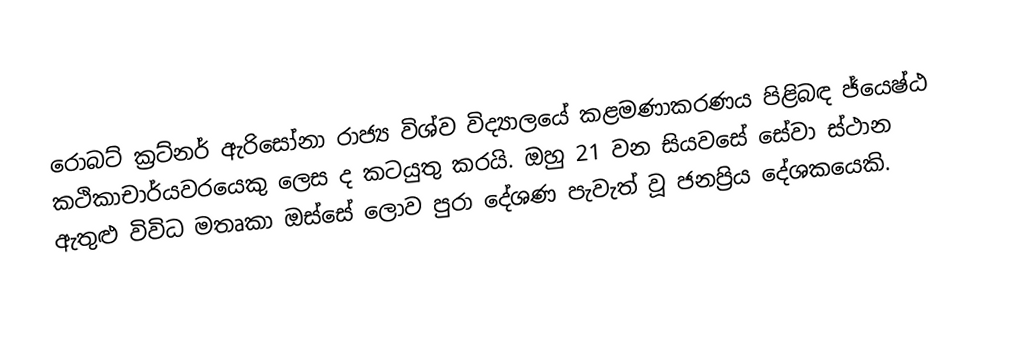
රොබට් ක්‍රට්නර් ඇරිසෝනා රාජ්‍ය විශ්ව විද්‍යාලයේ කළමණාකරණය පිළිබඳ ජ්යෙෂ්ඨ කථිකාචාර්යවරයෙකු ලෙස ද කටයුතු කරයි. ඔහු 21 වන සියවසේ සේවා ස්ථාන ඇතුළු විවිධ මතෘකා ඔස්සේ ලොව පුරා දේශණ පැවැත් වූ ජනප්‍රිය දේශකයෙකි.